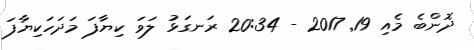
ދޮންބެ މެއި 19